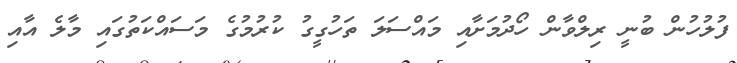
ފުލުހުން ބުނީ ރިލްވާން ހޯދުމަށާއި މައްސަލަ ތަހުގީގު ކުރުމުގެ މަސައްކަތުގައި މާލެ އާއި